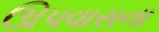
ઊપવાસના